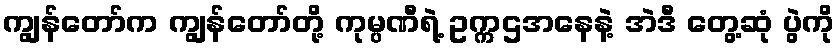
ကျွန်တော်က ကျွန်တော်တို့ ကုမ္ပဏီရဲ့ ဥက္ကဌအနေနဲ့ အဲဒီ တွေ့ဆုံ ပွဲကို